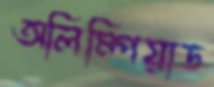
অলিম্পিয়াড